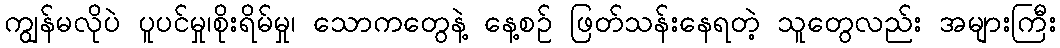
ကျွန်မလိုပဲ ပူပင်မှု၊စိုးရိမ်မှု၊ သောကတွေနဲ့ နေ့စဉ် ဖြတ်သန်းနေရတဲ့ သူတွေလည်း အများကြီး